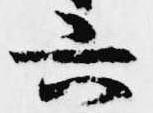
六